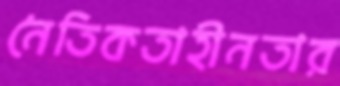
নৈতিকতাহীনতার